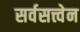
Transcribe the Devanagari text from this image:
सर्वसत्त्वेन